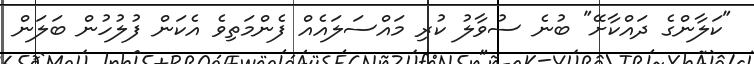
"ކަލާންގެ ދައްކާށޭ" ބުނެ ސުވާލު ކުރި މައްސަލައެއް ފެންމަތިވެ އެކަން ފުލުހުން ބަލަން